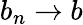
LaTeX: b_{n}\to b